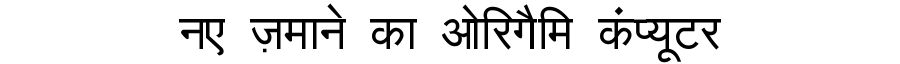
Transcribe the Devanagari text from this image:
नए ज़माने का ओरिगैमि कंप्यूटर